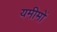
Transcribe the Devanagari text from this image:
यमीमों